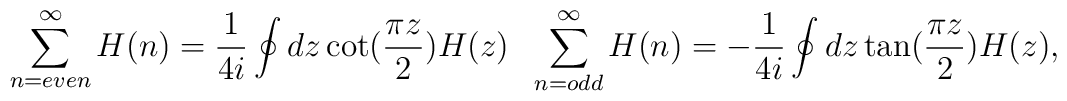
\sum _{n=even} ^{\infty} H(n)=\frac{1}{4i} \oint dz \cot (\frac{\pi z}{2})H(z)\hspace{.1in} \sum_{n=odd} ^{\infty} H(n)=-\frac{1}{4i} \oint dz \tan (\frac{\pi z}{2}) H(z),